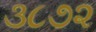
૩૮૭૨